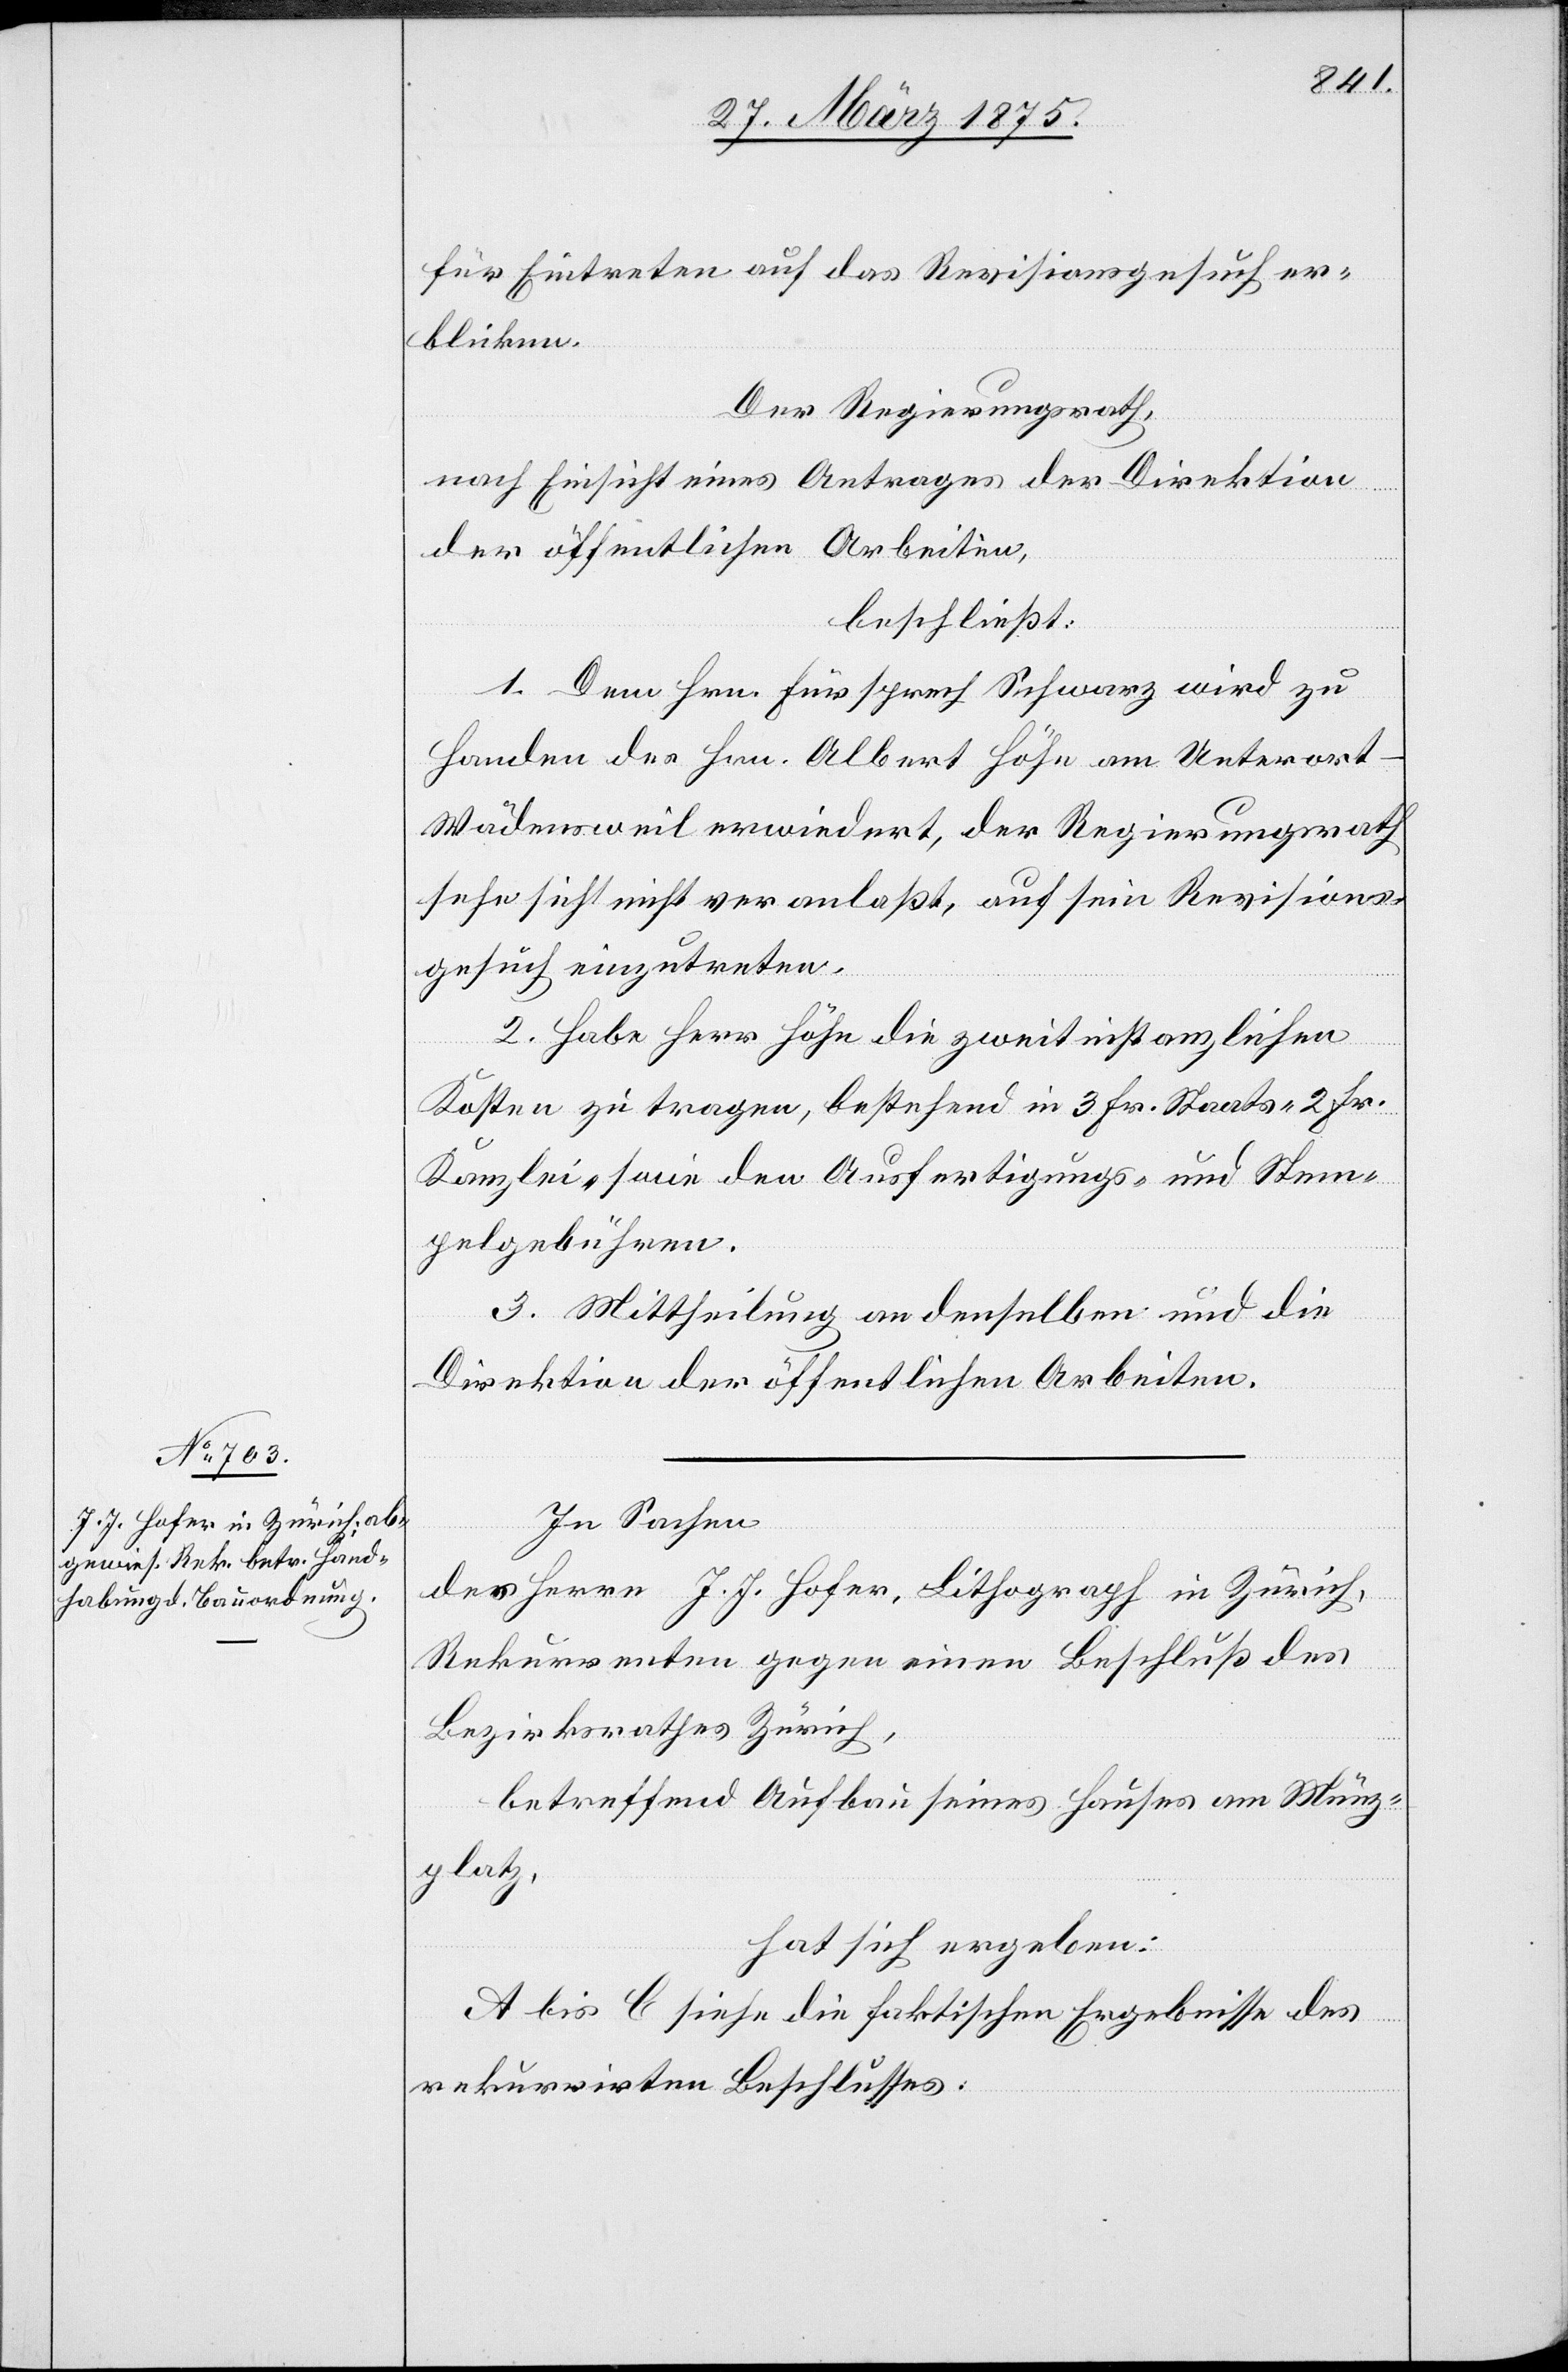
für Eintreten auf das Revisionsgesuch er¬
blicken.
Der Regierungsrath,
nach Einsicht eines Antrages der Direktion
der öffentlichen Arbeiten,
beschließt:
1. Dem Hrn. Fürsprech Schwarz wird zu
Handen des Hrn. Albert Höhn am Unterort-W¬
ädensweil erwiedert, der Regierungsrath
sehe sich nicht veranlaßt, auf sein Revisions¬
gesuch einzutreten.
2. Habe Herr Höhn die zweitinstanzlichen
Kosten zu tragen, bestehend in 3 Fr. Staats- 2 Fr.
Kanzlei- so[w]ie den Ausfertigungs- und Stem¬
pelgebühren.
3. Mittheilung an denselben und die
Direktion der öffentlichen Arbeiten.
In Sachen
des Herrn J. J. Hofer, Lithograph in Zürich,
Rekurrenten gegen einen Beschluß des
Bezirksrathes Zürich,
betreffend Aufbau seines Hauses am Münz¬
platz.
hat sich ergeben:
A bis C siehe die faktischen Ergebnisse des
rekurrirten Beschlusses.